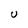
Character: U